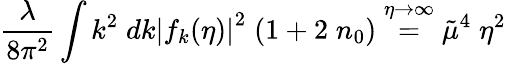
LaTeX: \frac{\lambda}{8\pi^{2}}\int k^{2}\; dk\left|f_{k}(\eta)\right|^{2}\; (1+2\; n_{0})\stackrel{\eta\rightarrow\infty}{=}\tilde{\mu}^{4}\; \eta^{2}